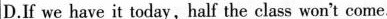
D.If we have it today, half the class won't come.